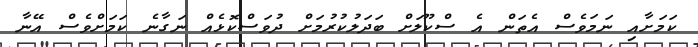
ކަމަށާއި ނަމަވެސް އެތަން އެ ސްކޫލަށް ބަދަލުކުރުމަށް ދުވަސްކޮޅެއް ނަގާނެ ކަމަށްވެސް އޭނާ